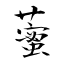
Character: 藌